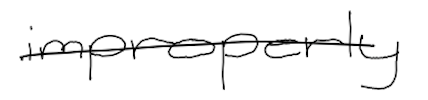
Text: improperly
Cross-out: single-line
Writing tool: digital_black